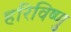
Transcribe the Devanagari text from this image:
हरिविष्णु